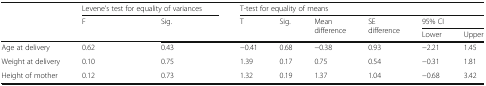
<table><thead><tr><td rowspan="3"></td><td colspan="2"><b>Levene’s test for equality of variances</b></td><td colspan="6"><b>T-test for equality of means</b></td></tr><tr><td rowspan="2"><b>F</b></td><td rowspan="2"><b>Sig.</b></td><td rowspan="2"><b>T</b></td><td rowspan="2"><b>Sig.</b></td><td rowspan="2"><b>Mean difference</b></td><td rowspan="2"><b>SE difference</b></td><td colspan="2"><b>95% CI</b></td></tr><tr><td><b>Lower</b></td><td><b>Upper</b></td></tr></thead><tbody><tr><td>Age at delivery</td><td>0.62</td><td>0.43</td><td>−0.41</td><td>0.68</td><td>−0.38</td><td>0.93</td><td>−2.21</td><td>1.45</td></tr><tr><td>Weight at delivery</td><td>0.10</td><td>0.75</td><td>1.39</td><td>0.17</td><td>0.75</td><td>0.54</td><td>−0.31</td><td>1.81</td></tr><tr><td>Height of mother</td><td>0.12</td><td>0.73</td><td>1.32</td><td>0.19</td><td>1.37</td><td>1.04</td><td>−0.68</td><td>3.42</td></tr></tbody></table>